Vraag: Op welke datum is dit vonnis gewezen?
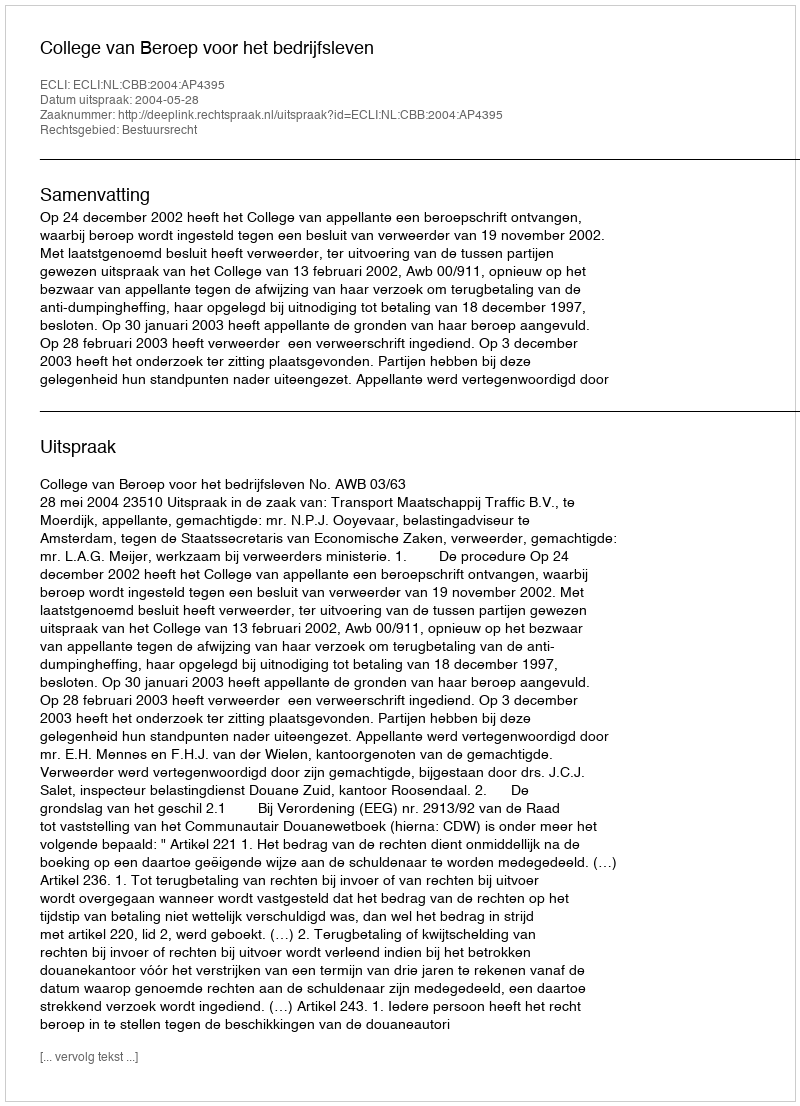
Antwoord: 2004-05-28